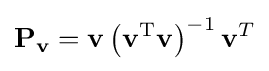
\mathbf {P} _{\mathbf {v} }=\mathbf {v} \left(\mathbf {v} ^{\textrm {T}}\mathbf {v} \right)^{-1}\mathbf {v} ^{T}